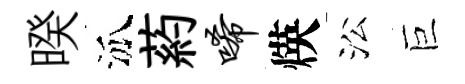
暌泒葯唏煐㳂巨